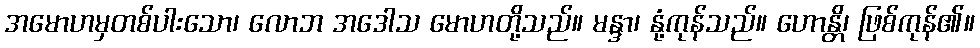
အမောဟမှတစ်ပါးသော၊ လောဘ အဒေါသ မောဟတို့သည်။ မန္ဒာ၊ နုံ့ကုန်သည်။ ဟောန္တိ၊ ဖြစ်ကုန်၏။